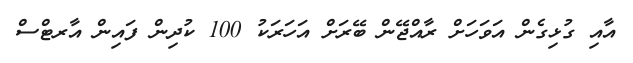
އާއި ގުޅިގެން އަވަހަށް ރާއްޖޭން ބޭރަށް އަހަރަކު 100 ކުދިން ފައިން އާރޓްސް